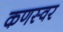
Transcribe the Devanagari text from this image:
कणस्वर